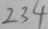
2 3 4